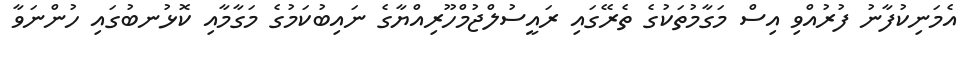
އެމަނިކުފާނު ފުރުއްވި އިސް މަގާމުތަކުގެ ތެރޭގައި ރައީސުލްޖުމްހޫރިއްޔާގެ ނައިބުކަމުގެ މަގާމާއި ކޮޅުނބުގައި ހުންނަވާ